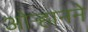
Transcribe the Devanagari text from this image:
ओऱ्हानने